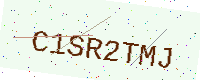
Text: C1SR2TMJ